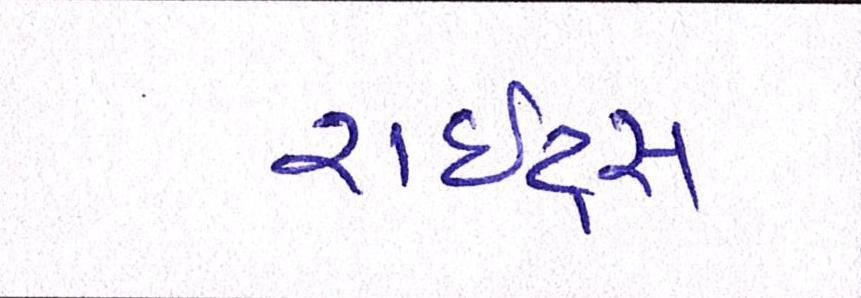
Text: રાઇટ્સ